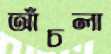
আঁচলা